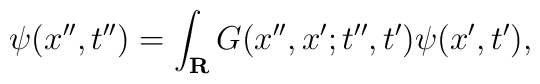
\psi (x'',t'')=\int_{\bf R} G(x'',x';t'',t')\psi (x',t'),